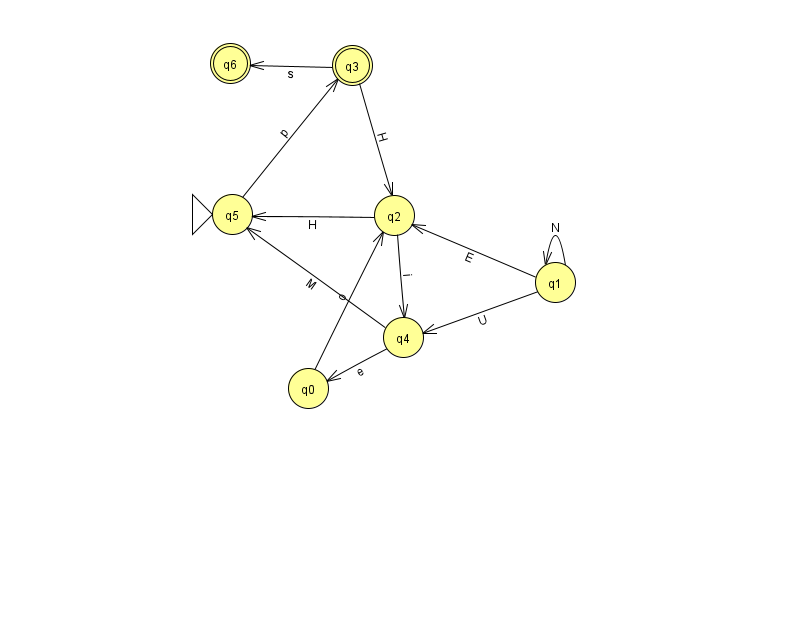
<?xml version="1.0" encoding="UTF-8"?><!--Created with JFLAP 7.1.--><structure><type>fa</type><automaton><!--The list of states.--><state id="0" name="q0"><x>308.0</x><y>375.0</y></state><state id="1" name="q1"><x>555.0</x><y>269.0</y></state><state id="2" name="q2"><x>394.0</x><y>202.0</y></state><state id="3" name="q3"><x>352.0</x><y>52.0</y><final/></state><state id="4" name="q4"><x>403.0</x><y>324.0</y></state><state id="5" name="q5"><x>232.0</x><y>201.0</y><initial/></state><state id="6" name="q6"><x>230.0</x><y>50.0</y><final/></state><!--The list of transitions.--><transition><from>2</from><to>5</to><read>H</read></transition><transition><from>1</from><to>4</to><read>U</read></transition><transition><from>3</from><to>2</to><read>H</read></transition><transition><from>5</from><to>3</to><read>p</read></transition><transition><from>2</from><to>4</to><read>i</read></transition><transition><from>3</from><to>6</to><read>s</read></transition><transition><from>4</from><to>0</to><read>e</read></transition><transition><from>4</from><to>5</to><read>M</read></transition><transition><from>1</from><to>2</to><read>E</read></transition><transition><from>0</from><to>2</to><read>o</read></transition><transition><from>1</from><to>1</to><read>N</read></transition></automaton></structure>